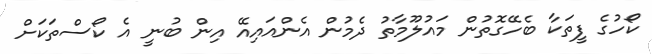
ކޯހުގެ ފީތަކާ ބެހޭގޮތުން މައުލޫމާތު ދެމުން އެންއައިއޭ އިން ބުނީ އެ ކޯސްތަކަށް